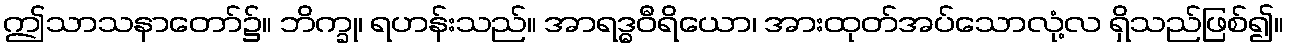
ဤသာသနာတော်၌။ ဘိက္ခု၊ ရဟန်းသည်။ အာရဒ္ဓဝီရိယော၊ အားထုတ်အပ်သောလုံ့လ ရှိသည်ဖြစ်၍။